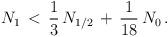
LaTeX: \begin{align*}N_1\, <\, \frac13\,N_{1/2}\, + \,\frac{1}{18}\, N_0\,.\end{align*}